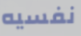
نفسيه